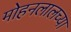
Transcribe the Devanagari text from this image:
मोहनलालच्या